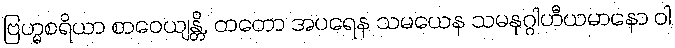
ဗြဟ္မစရိယာ စာဝေယျန္တိ, တတော အပရေန သမယေန သမနုဂ္ဂါဟီယမာနော ဝါ